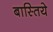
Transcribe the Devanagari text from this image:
बास्तिये